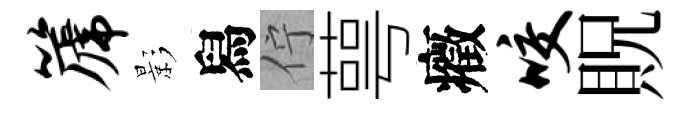
篪影舄佇萼癥咬貺